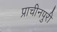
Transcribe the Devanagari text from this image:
प्राचीनपुरी